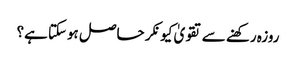
روزہ رکھنے سے تقویٰ کیونکر حاصل ہوسکتا ہے؟